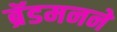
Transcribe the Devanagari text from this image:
ब्रॅडमनने